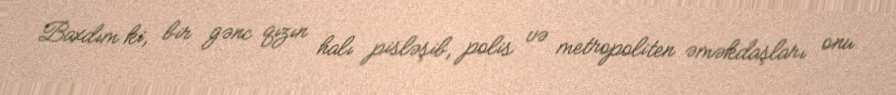
Baxdım ki, bir gənc qızın halı pisləşib, polis və metropoliten əməkdaşları onu